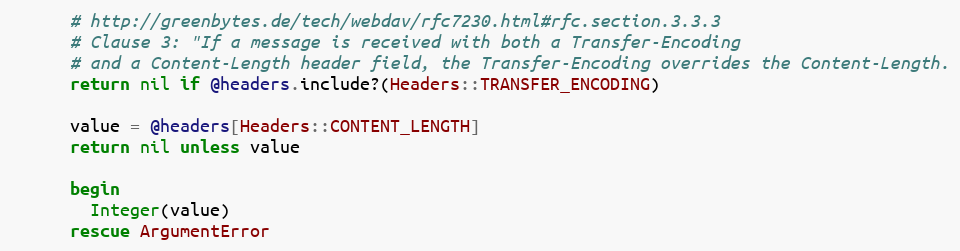
Language: Ruby
      # http://greenbytes.de/tech/webdav/rfc7230.html#rfc.section.3.3.3
      # Clause 3: "If a message is received with both a Transfer-Encoding
      # and a Content-Length header field, the Transfer-Encoding overrides the Content-Length.
      return nil if @headers.include?(Headers::TRANSFER_ENCODING)

      value = @headers[Headers::CONTENT_LENGTH]
      return nil unless value

      begin
        Integer(value)
      rescue ArgumentError